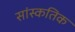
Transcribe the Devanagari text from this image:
सांस्कतिक